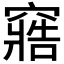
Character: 𮄔